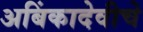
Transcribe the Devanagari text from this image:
अबिंकादेवीचे